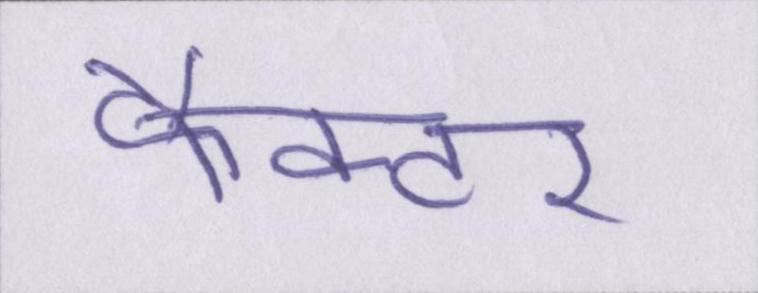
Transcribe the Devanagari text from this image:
फैक्टर